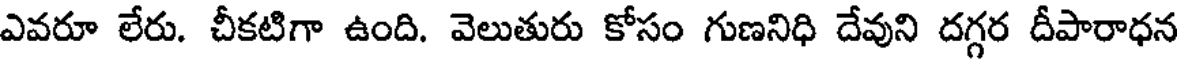
ఎవరూ లేరు. చీకటిగా ఉంది. వెలుతురు కోసం గుణనిధి దేవుని దగ్గర దీపారాధన